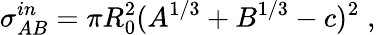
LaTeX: \sigma_{AB}^{in}=\pi R_{0}^{2}(A^{1/3}+B^{1/3}-c)^{2}\; ,